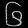
Digit: ၆